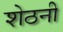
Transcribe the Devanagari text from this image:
शेठनी